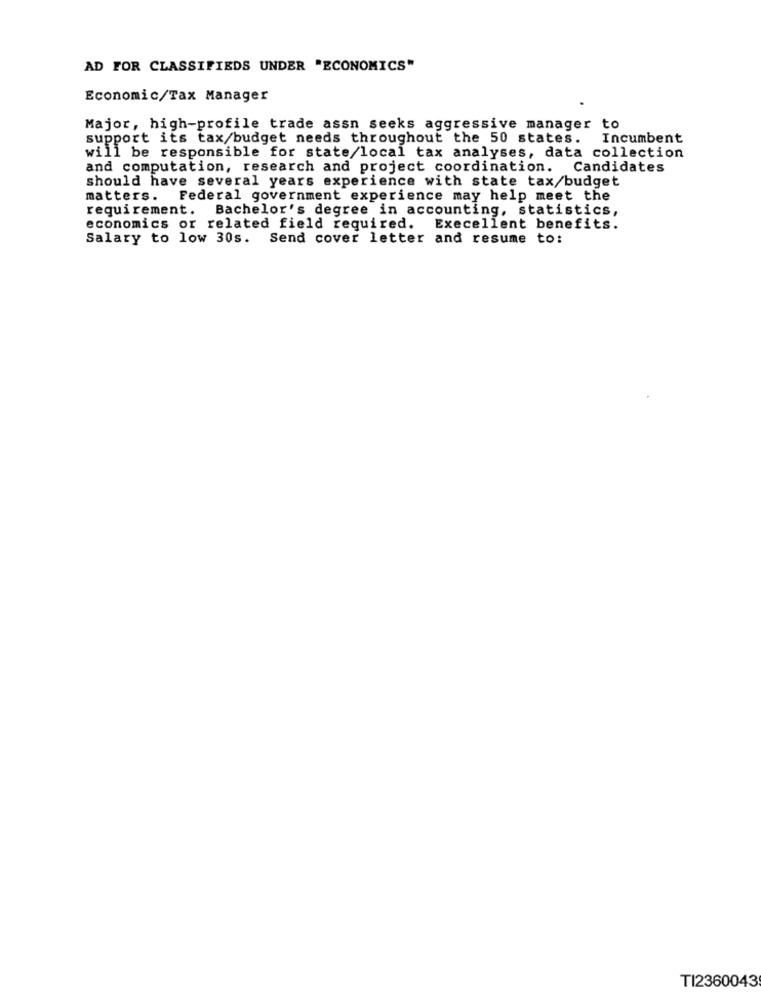
AD FOR CLASSIFIEDS UNDER "ECONOMICS"
Economic/Tax Manager
Major, high-profile trade assn seeks aggressive manager to
support its tax/budget needs throughout the 50 states. Incumbent
will be responsible for state/local tax analyses, data collection
and computation, research and project coordination. Candidates
should have several years experience with state tax/budget
matters. Federal government experience may help meet the
requirement.
Bachelor's degree in accounting, statistics,
economics or related field required. Execellent benefits.
Salary to low 30s. Send cover letter and resume to:
TI2360043